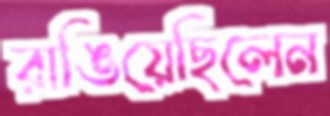
রাঙিয়েছিলেন